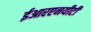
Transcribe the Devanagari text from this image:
ईआरएनयीटी